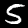
Digit: 5